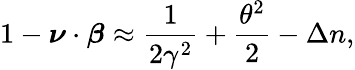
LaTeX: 1-\boldsymbol{\nu}\cdot\boldsymbol{\beta}\approx\frac{1}{2\gamma^{2}}+\frac{\theta^{2}}{2}-\Delta n,